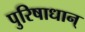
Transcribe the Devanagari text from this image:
पुरिषाधान्